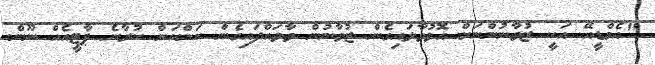
"އެމްޑީއޭ އަކީ ޒުވާނުންނަށް އޮޅުވާލައިގެން ޒުވާނުން ވާވައްދައިގެން ކަންކަން ކުރާނެ ޕާޓީއެއް ނޫން.